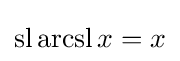
\operatorname {sl} \operatorname {arcsl} x=x